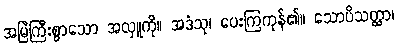
အမြဲကြီးစွာသော အလှူကို။ အဒံသု၊ ပေးကြကုန်၏။ သောပိသတ္ထာ၊